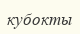
кубокты